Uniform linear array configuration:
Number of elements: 16
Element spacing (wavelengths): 0.75
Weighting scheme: hann
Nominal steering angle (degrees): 15
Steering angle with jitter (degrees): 14.94
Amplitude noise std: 0.05
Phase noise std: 0.05

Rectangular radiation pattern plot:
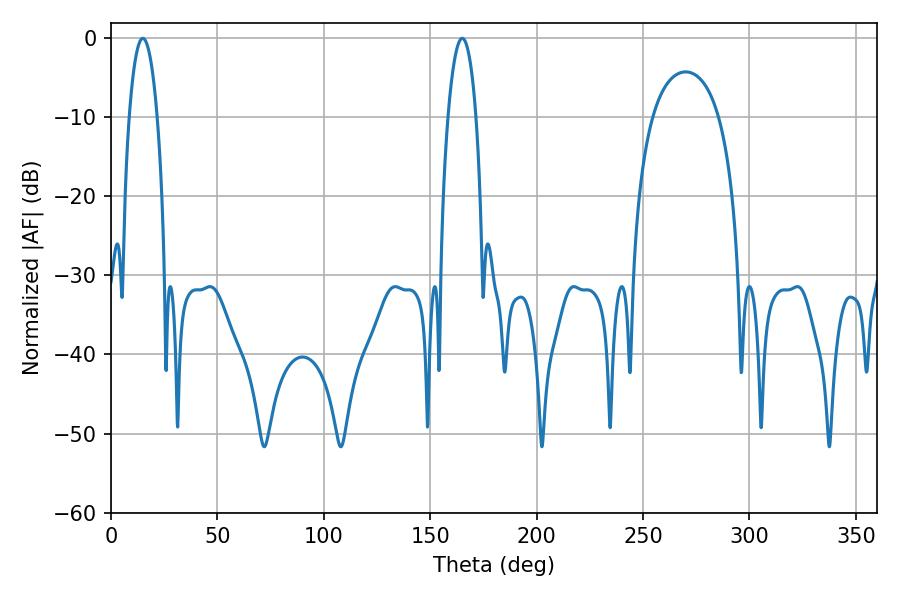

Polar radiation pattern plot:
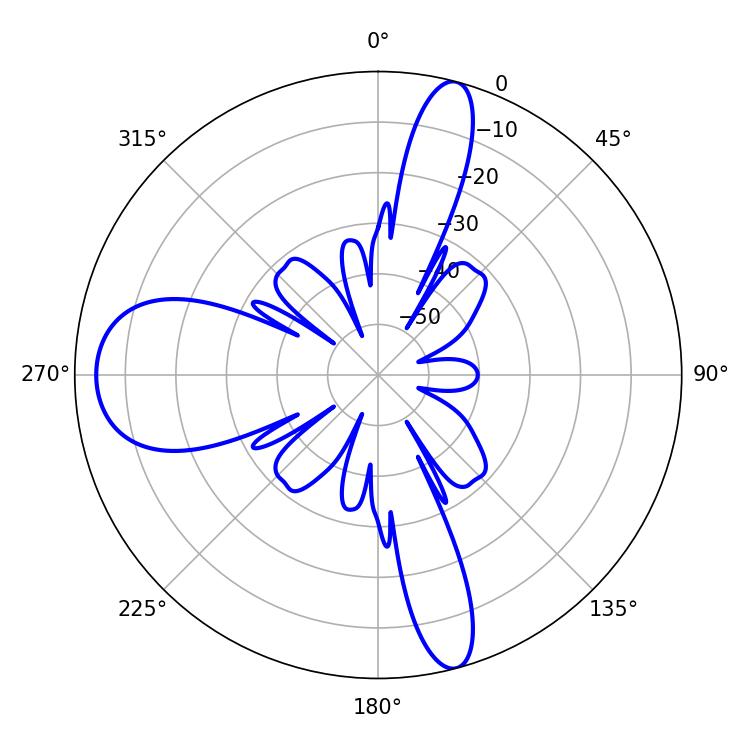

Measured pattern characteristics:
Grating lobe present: TRUE
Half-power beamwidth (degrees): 7.38
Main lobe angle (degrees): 14.94